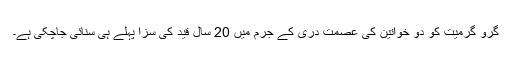
گرو گرمیت کو دو خواتین کی عصمت دری کے جرم میں 20 سال قید کی سزا پہلے ہی سنائی جاچکی ہے۔